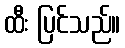
ထီး ပြင်သည်။